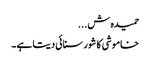
حمیدہ ش...
خاموشی کا شور سنائی دیتا ہے ۔